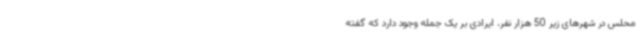
محلس در شهرهای زیر 50 هزار نفر، ایرادی بر یک جمله وجود دارد که گفته